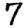
Digit: 7